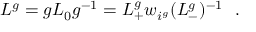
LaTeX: L ^ { g } = g L _ { 0 } g ^ { - 1 } = L _ { + } ^ { g } w _ { i ^ { g } } ( L _ { - } ^ { g } ) ^ { - 1 } \ \ .